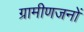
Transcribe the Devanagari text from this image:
ग्रामीणजनों